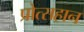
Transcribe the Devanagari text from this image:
प्रोत्सहान